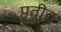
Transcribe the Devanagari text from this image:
पृतीत